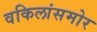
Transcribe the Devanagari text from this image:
वकिलांसमोर